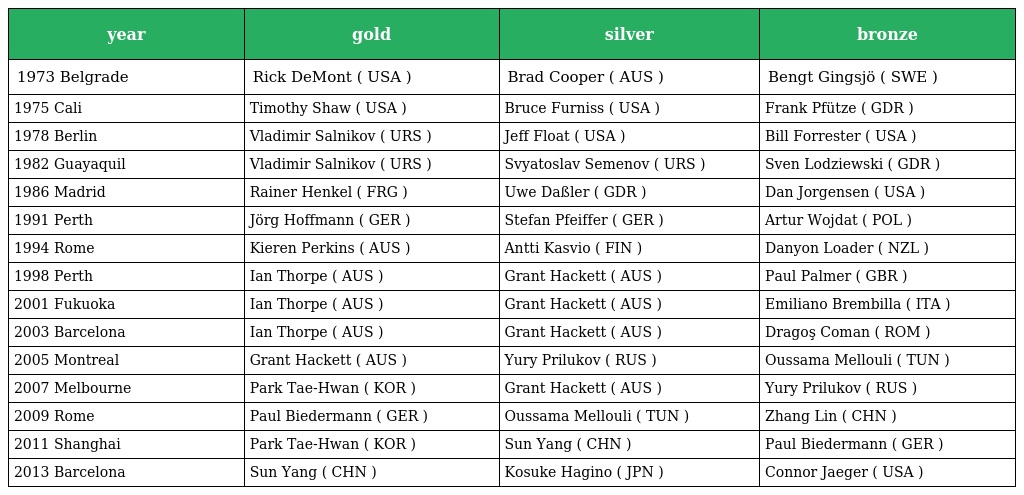
| year | gold | silver | bronze |
 | --- | --- | --- | --- |
 | 1973 Belgrade | Rick DeMont ( USA ) | Brad Cooper ( AUS ) | Bengt Gingsjö ( SWE ) |
 | 1975 Cali | Timothy Shaw ( USA ) | Bruce Furniss ( USA ) | Frank Pfütze ( GDR ) |
 | 1978 Berlin | Vladimir Salnikov ( URS ) | Jeff Float ( USA ) | Bill Forrester ( USA ) |
 | 1982 Guayaquil | Vladimir Salnikov ( URS ) | Svyatoslav Semenov ( URS ) | Sven Lodziewski ( GDR ) |
 | 1986 Madrid | Rainer Henkel ( FRG ) | Uwe Daßler ( GDR ) | Dan Jorgensen ( USA ) |
 | 1991 Perth | Jörg Hoffmann ( GER ) | Stefan Pfeiffer ( GER ) | Artur Wojdat ( POL ) |
 | 1994 Rome | Kieren Perkins ( AUS ) | Antti Kasvio ( FIN ) | Danyon Loader ( NZL ) |
 | 1998 Perth | Ian Thorpe ( AUS ) | Grant Hackett ( AUS ) | Paul Palmer ( GBR ) |
 | 2001 Fukuoka | Ian Thorpe ( AUS ) | Grant Hackett ( AUS ) | Emiliano Brembilla ( ITA ) |
 | 2003 Barcelona | Ian Thorpe ( AUS ) | Grant Hackett ( AUS ) | Dragoş Coman ( ROM ) |
 | 2005 Montreal | Grant Hackett ( AUS ) | Yury Prilukov ( RUS ) | Oussama Mellouli ( TUN ) |
 | 2007 Melbourne | Park Tae-Hwan ( KOR ) | Grant Hackett ( AUS ) | Yury Prilukov ( RUS ) |
 | 2009 Rome | Paul Biedermann ( GER ) | Oussama Mellouli ( TUN ) | Zhang Lin ( CHN ) |
 | 2011 Shanghai | Park Tae-Hwan ( KOR ) | Sun Yang ( CHN ) | Paul Biedermann ( GER ) |
 | 2013 Barcelona | Sun Yang ( CHN ) | Kosuke Hagino ( JPN ) | Connor Jaeger ( USA ) |